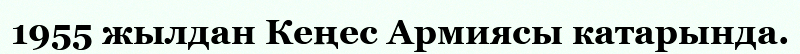
1955 жылдан Кеңес Армиясы катарында.